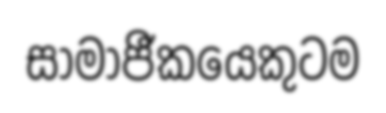
සාමාජීකයෙකුටම